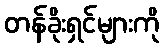
တန်ခိုးရှင်များကို